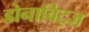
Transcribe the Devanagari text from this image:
डोनाविट्ज़